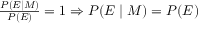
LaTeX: \textstyle { \frac { P ( E \mid M ) } { P ( E ) } } = 1 \Rightarrow \textstyle P ( E \mid M ) = P ( E )